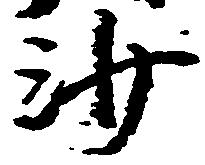
沙